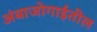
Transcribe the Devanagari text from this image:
अंबाजोगाईतील